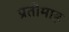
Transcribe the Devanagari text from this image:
प्रतीमाह